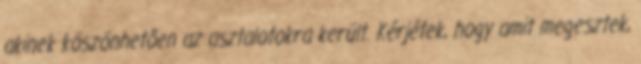
akinek köszönhetően az asztalotokra került. Kérjétek, hogy amit megesztek,